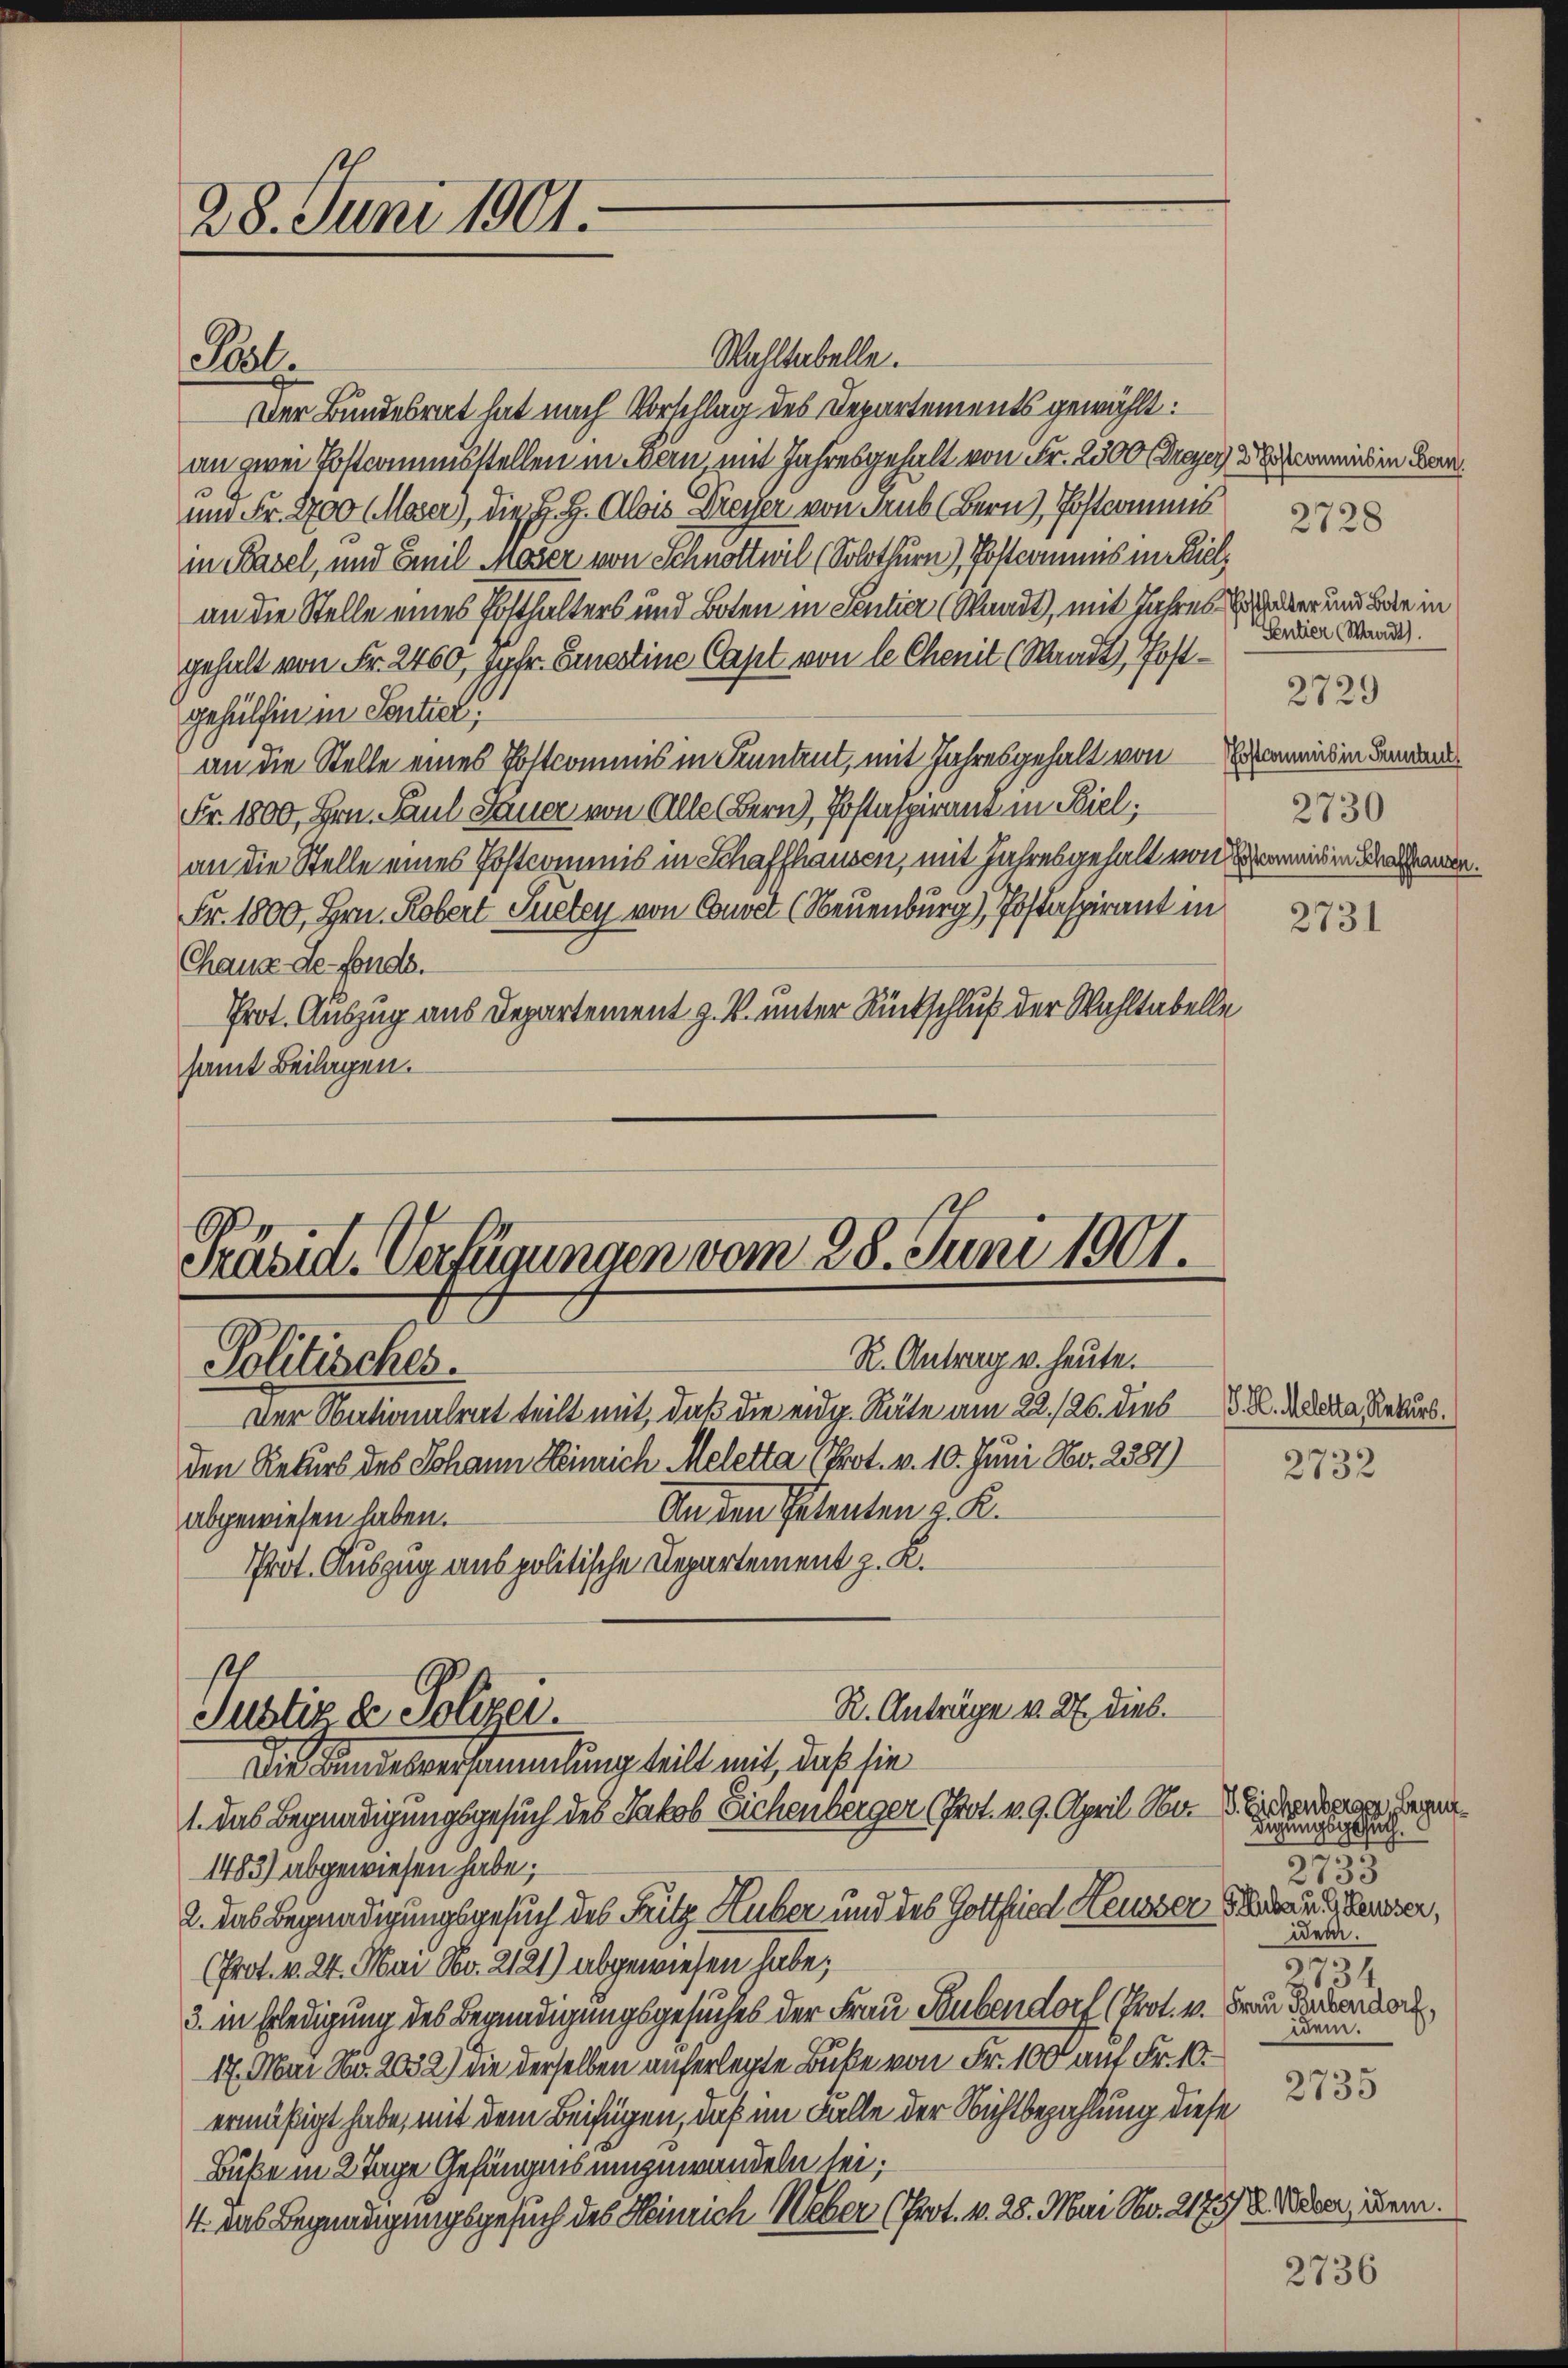
28. Juni 1901.

Pöst.

Präsid. Verfügungen vom 28. Juni 1901.
R. Antrag u. heute.
Politisches.
Der Nationalrat teilt mit, daß die eidg. Räte am 22./26. dies

den Rekurs des Johann Heinrich Meletta (Prot. v. 10. Juni Nr. 2381)
Anden Petenten z. K.

Wahltabelle.
Der Bundesrat hat nach Vorschlag des Departements gewählt:
an zwei Postcommisstellen in Bern, mit Jahresgehalt von Fr. 2500 Fragen das in Lan
und Fr. 2700 Moser), die H. H. Alois Dreyer von Trub (Bern), Postcommis
in Basel, und Emil Moser von Schnöttwil (Solothurn), Postcommis in Bielan die Stelle eines Posthalters und Boten in Sentier (Standt, mit Jahres her und Bär in
gehalt von Fr. 2460, Jgfr. Einestine Capt von le Chemit (Standt, Postgehülfen in Sentiel
an die Stelle eines Postcommis in Funtrut, mit Jahresgehalt von Erbenend in dedan
Fr. 1800, Hrn. Paul Sauer von Alle Bern), Postaspirant in Biel;
an die Stelle eines Postcommis in Schaffhausen, mit Jahresgehalt von den un
Fr. 1800, Hrn. Robert Puetey von Couvel (Neuenburg), Postspirant in
Chaux-de-Fonds.
Prot. Auszug aus Departement z. V. unter Rückschluß der Wahltabelle
samt Beilagen.

abgewiesen haben.
Prot. Auszug aus politische Departement z. K.

R. Anträge v. 2. dies
Justiz & Polizei.
Die Kindesversammlung teilt mit, daß sie
1. Das Begnadigungsgesuch des Jakob Sichenberger (Prot. v. 9. April Nr. 2 oder Gegen¬

Gentier (Waadt.
2729
2730

1483) abgewiesen habe;
2. Das Begnadigungsgesuch des Fritz Huber und des Gottfried Heusser Frau Laurer,
(Prot. v. 24. Mai No. 2121) abgewiesen habe;
3. in Erledigung des Begündigungsgesuches der Frau Hubendorf (Prot. v. Frau Landenden,
17. Mai No. 2032) die derselben auferlegte Buße von Fr. 100 auf Fr. 10.
ermäßigt habe, mit dem Beifügen, daß im Falle der Nichtbezahlung diese
Buke in 2 Tage Gefängnis umzuwandeln sei;
4. Das Begnadigungsgesuch des Heinrich Weber (Prot. v. 28. Mai No. 21758. Marer, dem

2728

2731

J. H. Meletta Rekurs.

2732

digungsbuch.
t
2733
ider.
575
2
2134
idem.

2735

2736